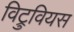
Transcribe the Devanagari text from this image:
विट्रुवियस